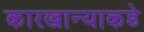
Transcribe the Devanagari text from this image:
कारखान्याकडे